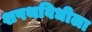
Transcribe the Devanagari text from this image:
शपथविधीला